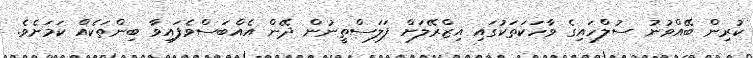
ކުރިން ބޭއްވުނު ސުލްހައިގެ ވާހަކަތަކުގައި އިޒްރޭލަށް ފަލަސްތީނުން ދޭން އެއްބަސްވެފައިވާ ބިންތަކެއް ކަމަށެވެ.